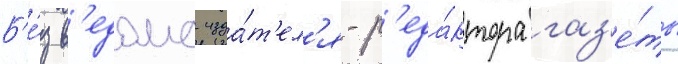
Б'е́з в'едома изда́т'ел'я-р'еда́ктора газ'е́ты